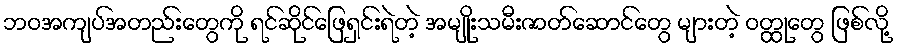
ဘဝအကျပ်အတည်းတွေကို ရင်ဆိုင်ဖြေရှင်းရဲတဲ့ အမျိုးသမီးဇာတ်ဆောင်တွေ များတဲ့ ဝတ္ထုတွေ ဖြစ်လို့